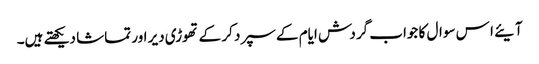
آیئے ا س سوال کا جواب گردش ایام کے سپرد کر کے تھوڑی دیر اور تماشا دیکھتے ہیں۔